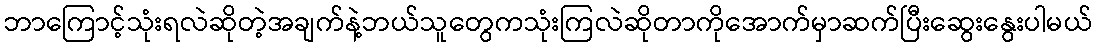
ဘာကြောင့်သုံးရလဲဆိုတဲ့အချက်နဲ့ဘယ်သူတွေကသုံးကြလဲဆိုတာကိုအောက်မှာဆက်ပြီးဆွေးနွေးပါမယ်